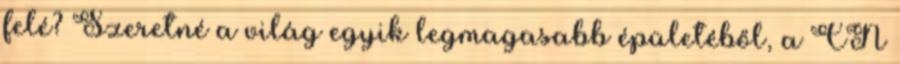
felé? Szeretné a világ egyik legmagasabb épületéből, a CN